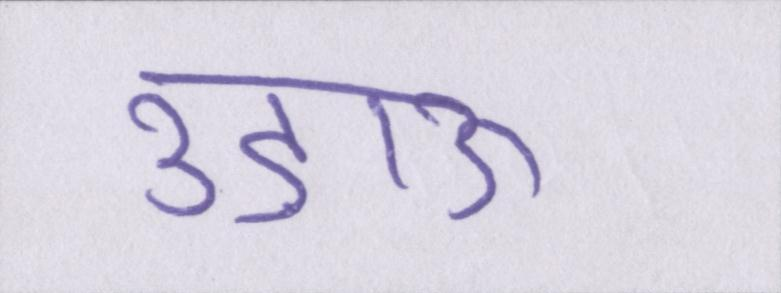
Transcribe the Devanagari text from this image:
उड़ाऊ